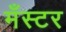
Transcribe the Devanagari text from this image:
मँस्टर